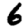
Digit: 6